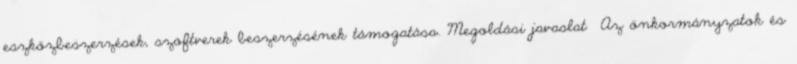
eszközbeszerzések, szoftverek beszerzésének támogatása. Megoldási javaslat ▪Az önkormányzatok és